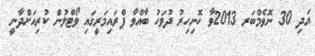
އަދި 30 ނޮވެމްބަރ 2013ވާ ހޮނިހިރު ދުވަހު ބާއްވާ ޕްރައިމަރީގައި ވޯޓްލުން ކުރިއަށްދާނީ